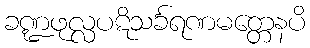
ခဏ္ဍဖုလ္လပဋိသင်္ခရဏမတ္တေနပိ